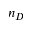
n _ { D }